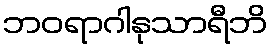
ဘဝရာဂါနုသာရီဘိ